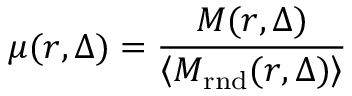
\mu ( r , \Delta ) = \frac { M ( r , \Delta ) } { \left\langle M _ { \mathrm { r n d } } ( r , \Delta ) \right\rangle }